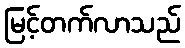
မြင့်တက်လာသည်